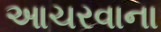
આચરવાના